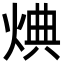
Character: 𪸸